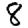
Digit: 8